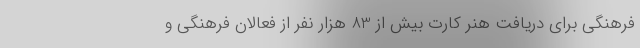
فرهنگی برای دریافت هنر کارت بیش از 83 هزار نفر از فعالان فرهنگی و